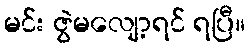
မင်း ဇွဲမလျော့ရင် ရပြီ။